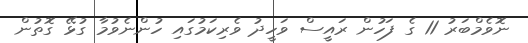
ނޮވެމްބަރު 11 ގެ ފަހުން ރައީސް ވަހީދު ވެރިކަމުގައި ހުންނެވުމާ ގުޅޭ ގޮތުން